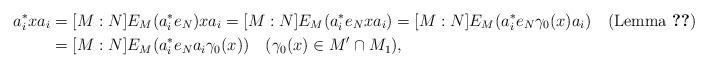
LaTeX: \begin{align*}a_i^*xa_i&=[M:N]E_M(a_i^*e_N)xa_i=[M:N]E_M(a_i^*e_Nxa_i)=[M:N]E_M(a_i^*e_N\gamma_0(x)a_i) \ \ \ (\textnormal{Lemma \ref{l:me}})\\&=[M:N]E_M(a_i^*e_Na_i\gamma_0(x)) \ \ \ (\gamma_0(x)\in M'\cap M_1),\end{align*}